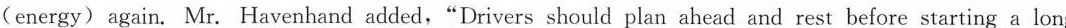
(energy) again. Mr. Havenhand added,"Drivers should plan ahead and rest before starting a long